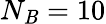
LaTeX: N_{\mathit{B}}=10